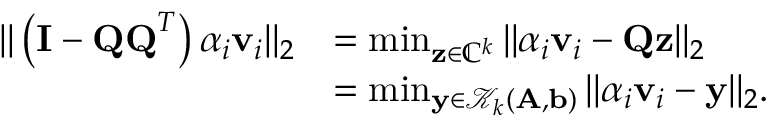
\begin{array} { r l } { \| \left( \mathbf { I } - \mathbf { Q Q } ^ { T } \right) \alpha _ { i } \mathbf { v } _ { i } \| _ { 2 } } & { = \operatorname* { m i n } _ { \mathbf { z } \in \mathbb { C } ^ { k } } \| \alpha _ { i } \mathbf { v } _ { i } - \mathbf { Q z } \| _ { 2 } } \\ & { = \operatorname* { m i n } _ { \mathbf { y } \in \mathcal { K } _ { k } ( \mathbf { A } , \mathbf { b } ) } \| \alpha _ { i } \mathbf { v } _ { i } - \mathbf { y } \| _ { 2 } . } \end{array}